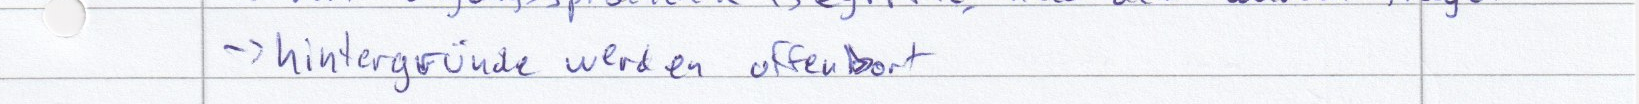
-> hintergründe werden offenbart